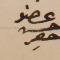
عضو حسن حصِر